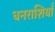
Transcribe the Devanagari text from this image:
धनराशियाँ